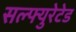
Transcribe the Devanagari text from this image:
सल्फ्युरेटेड